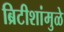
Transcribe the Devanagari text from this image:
ब्रिटीशांमुळे